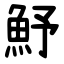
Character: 魣